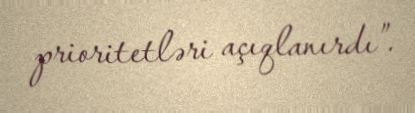
prioritetləri açıqlanırdı”.